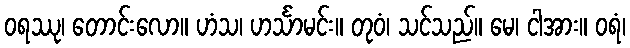
ဝရဿု၊ တောင်းလော။ ဟံသ၊ ဟင်္သာမင်း။ တုဝံ၊ သင်သည်။ မေ၊ ငါအား။ ဝရံ၊